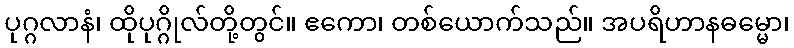
ပုဂ္ဂလာနံ၊ ထိုပုဂ္ဂိုလ်တို့တွင်။ ဧကော၊ တစ်ယောက်သည်။ အပရိဟာနဓမ္မော၊